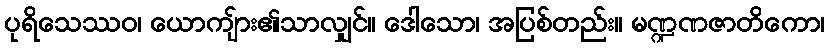
ပုရိသေဿဝ၊ ယောကျ်ား၏သာလျှင်။ ဒေါသော၊ အပြစ်တည်း။ မဏ္ဍဏဇာတိကော၊